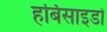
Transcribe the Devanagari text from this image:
हर्बिसाइडों